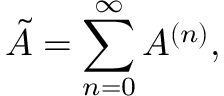
\tilde { A } = \sum _ { n = 0 } ^ { \infty } A ^ { ( n ) } ,